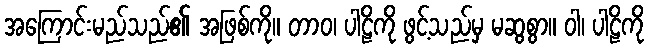
အကြောင်းမည်သည်၏ အဖြစ်ကို။ တာဝ၊ ပါဠိကို ဖွင့်သည်မှ မဆွစွာ။ ဝါ၊ ပါဠိကို